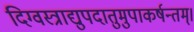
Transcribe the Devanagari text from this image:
दिग्वस्त्राद्युपदातुमुपाकर्षन्तम्‌।